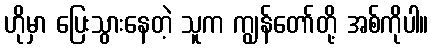
ဟိုမှာ ပြေးသွားနေတဲ့ သူက ကျွန်တော်တို့ အစ်ကိုပါ။